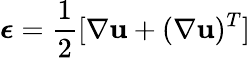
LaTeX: \boldsymbol{\epsilon}=\frac{1}{2}[\nabla\mathbf{u}+(\nabla\mathbf{u})^{T}]